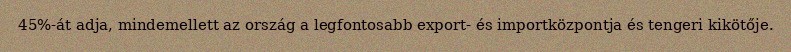
45%-át adja, mindemellett az ország a legfontosabb export- és importközpontja és tengeri kikötője.